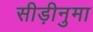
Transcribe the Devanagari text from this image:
सीड़ीनुमा